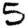
Digit: 5